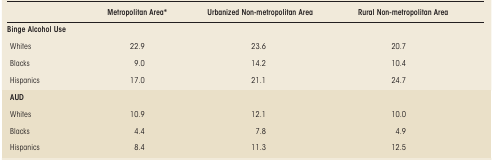
<table><thead><tr><td></td><td><b>Metropolitan Area*</b></td><td><b>Urbanized Non-metropolitan Area</b></td><td><b>Rural Non-metropolitan Area</b></td></tr></thead><tbody><tr><td colspan="4"><b>Binge Alcohol Use</b></td></tr><tr><td> Whites</td><td>22.9</td><td>23.6</td><td>20.7</td></tr><tr><td> Blacks</td><td>9.0</td><td>14.2</td><td>10.4</td></tr><tr><td> Hispanics</td><td>17.0</td><td>21.1</td><td>24.7</td></tr><tr><td colspan="4"> <b>AUD</b></td></tr><tr><td> Whites</td><td>10.9</td><td>12.1</td><td>10.0</td></tr><tr><td> Blacks</td><td>4.4</td><td>7.8</td><td>4.9</td></tr><tr><td> Hispanics</td><td>8.4</td><td>11.3</td><td>12.5</td></tr></tbody></table>